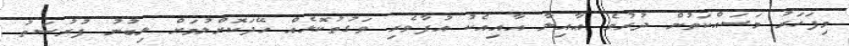
މިފަހަރު މަސައްކަތުން ދުރުވެ ޢާއިލާ އާއިއެކު އުފާވެރި ވަގުތުކޮޅެއް ހޭދަކޮށްލުމަށް ލިބުނު ފުރުސަތު